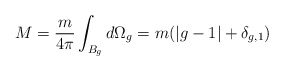
\begin{align*}M = \frac{m}{4\pi} \int_{B_g} d\Omega_g = m(|g-1|+\delta_{g,1})\end{align*}